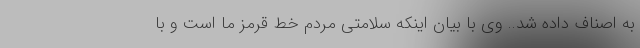
به اصناف داده شد.. وی با بیان اینکه سلامتی مردم خط قرمز ما است و با